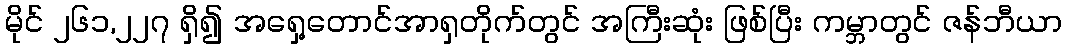
မိုင် ၂၆၁,၂၂၇ ရှိ၍ အရှေ့တောင်အာရှတိုက်တွင် အကြီးဆုံး ဖြစ်ပြီး ကမ္ဘာတွင် ဇန်ဘီယာ